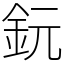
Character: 鈨